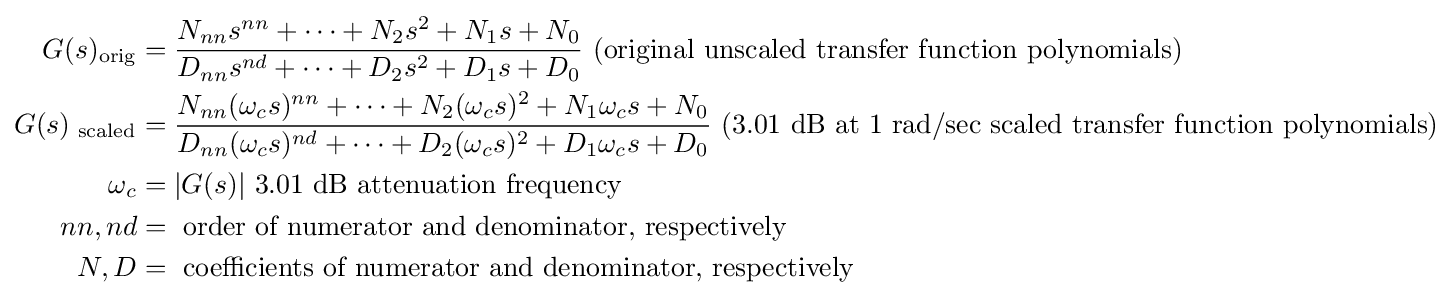
{\begin{aligned}G(s)_{\text{orig}}&={\frac {N_{nn}s^{nn}+\dots +N_{2}s^{2}+N_{1}s+N_{0}}{D_{nn}s^{nd}+\dots +D_{2}s^{2}+D_{1}s+D_{0}}}{\text{ (original unscaled transfer function polynomials)}}\\G(s)_{\text{ scaled}}&={\frac {N_{nn}(\omega _{c}s)^{nn}+\dots +N_{2}(\omega _{c}s)^{2}+N_{1}\omega _{c}s+N_{0}}{D_{nn}(\omega _{c}s)^{nd}+\dots +D_{2}(\omega _{c}s)^{2}+D_{1}\omega _{c}s+D_{0}}}{\text{ (}}3.01{\text{ dB at 1 rad/sec scaled transfer function polynomials)}}\\\omega _{c}&=|G(s)|{\text{  3.01 dB attenuation frequency }}\\nn,nd&={\text{ order of numerator and denominator, respectively}}\\N,D&={\text{ coefficients of numerator and denominator, respectively}}\\\end{aligned}}